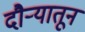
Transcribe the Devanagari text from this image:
दौर्‍यातून